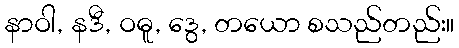
နာဝါ, နဒီ, ဝဓူ, ဒွေ, တယော စသည်တည်း။